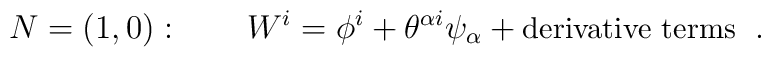
N=(1,0):\qquad   W^i = \phi^i + \theta^{\alpha i}\psi_\alpha + \mbox{\small derivative terms }\;.